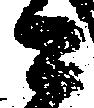
ニ